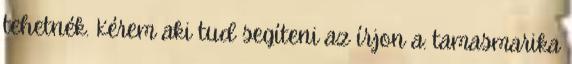
tehetnék. Kérem aki tud segíteni az írjon a: tamasmarika